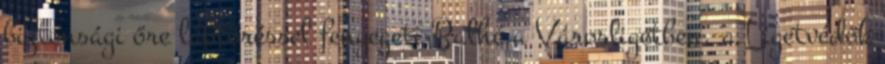
biztonsági őre lábtöréssel fenyegeti Balhé a Városligetben, a Ligetvédők